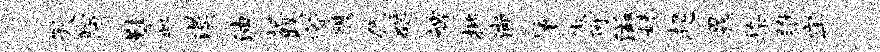
灭胼鞋盆漠油圮跌宥艘伉碣裨批渐肇傲可滋妹趄晁染雎牢